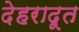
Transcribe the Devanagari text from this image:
देहरादूत